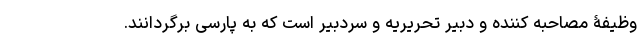
وظیفۀ مصاحبه کننده و دبیر تحریریه و سردبیر است که به پارسی برگردانند.